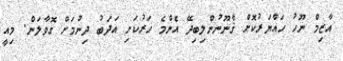
އާޒިމް ނޫހު ހައްޔަރުކޮށް ޤާނޫނުންލިބިދޭ އެންމެ ހަރުކަށި އަދަބު ދިނުމަށް ގޮވާލަން. މިއީ